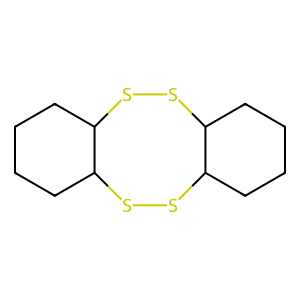
SMILES: C1CCC2SSC3CCCCC3SSC2C1
Inhibits HIV replication: No